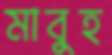
মাবুহ